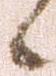
候